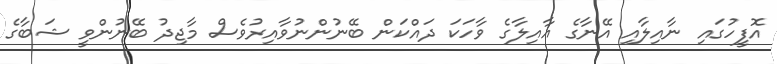
އޮފީހުގައި ނާއިލާއި އޭނާގެ ޢާއިލާގެ ވާހަކަ ދައްކަން ބޭނުންނުވާއިރުވެސް މާޖިދު ބޭނުންވީ ޝަބާގެ